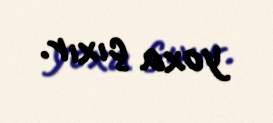
yoxa çıxır.